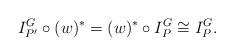
LaTeX: \begin{align*}I_{P'}^G \circ (w)^* = (w)^* \circ I_P^G \cong I_P^G . \end{align*}